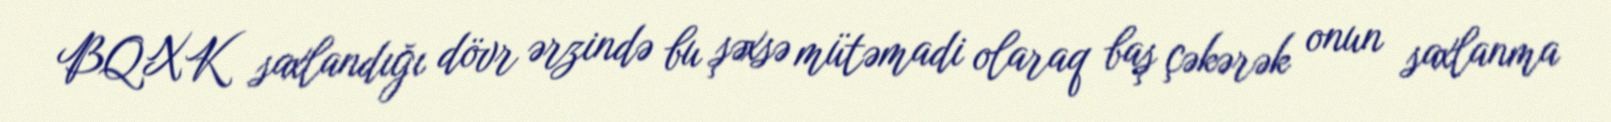
BQXK saxlandığı dövr ərzində bu şəxsə mütəmadi olaraq baş çəkərək onun saxlanma